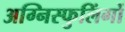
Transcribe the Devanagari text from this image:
अग्निस्फुलिंगों